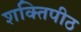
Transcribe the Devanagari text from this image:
शक्‍तिपीठ